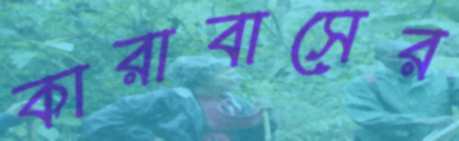
কারাবাসের